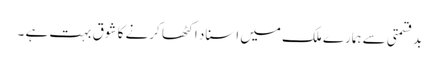
بدقسمتی سے ہمارے ملک میں اسناد اکٹھا کرنے کا شوق بہت ہے ۔